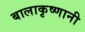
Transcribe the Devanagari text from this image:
बालाकृष्णानी